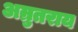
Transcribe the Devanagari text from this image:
अम्रुतराय